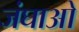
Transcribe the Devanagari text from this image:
जंघाओ